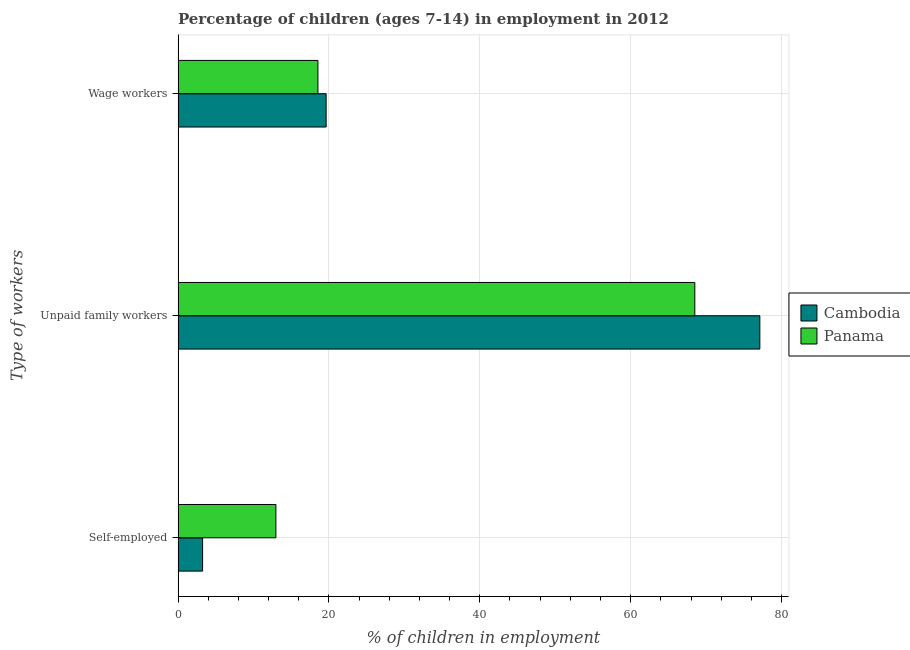
| Type of workers | Cambodia | Panama |
 | --- | --- | --- |
 | Self-employed | 3.25 | 13 |
 | Unpaid family workers | 77.1 | 68.5 |
 | Wage workers | 19.6 | 18.5 |